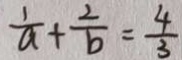
\frac { 1 } { a } + \frac { 2 } { b } = \frac { 4 } { 3 }